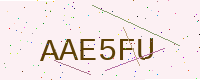
Text: AAE5FU